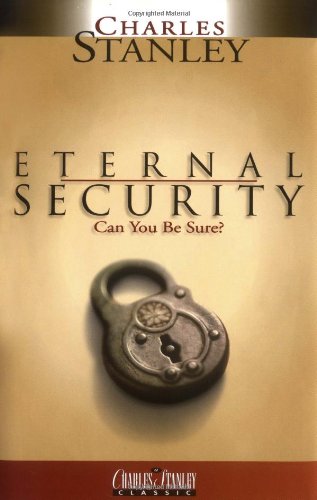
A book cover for Eternal Security: Can You Be Sure?; Charles Stanley; Christian Books & Bibles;